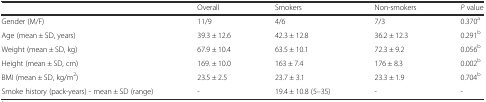
|  | Overall | Smokers | Non-smokers | P value |
 | --- | --- | --- | --- | --- |
 | Gender (M/F) | 11/9 | 4/6 | 7/3 | 0.370a |
 | Age (mean ± SD, years) | 39.3 ± 12.6 | 42.3 ± 12.8 | 36.2 ± 12.3 | 0.291b |
 | Weight (mean ± SD, kg) | 67.9 ± 10.4 | 63.5 ± 10.1 | 72.3 ± 9.2 | 0.056b |
 | Height (mean ± SD, cm) | 169. ± 10.0 | 163 ± 7.4 | 176 ± 8.3 | 0.002b |
 | BMI (mean ± SD, kg/m2) | 23.5 ± 2.5 | 23.7 ± 3.1 | 23.3 ± 1.9 | 0.704b |
 | Smoke history (pack-years) - mean ± SD (range) | - | 19.4 ± 10.8 (5–35) | - | - |